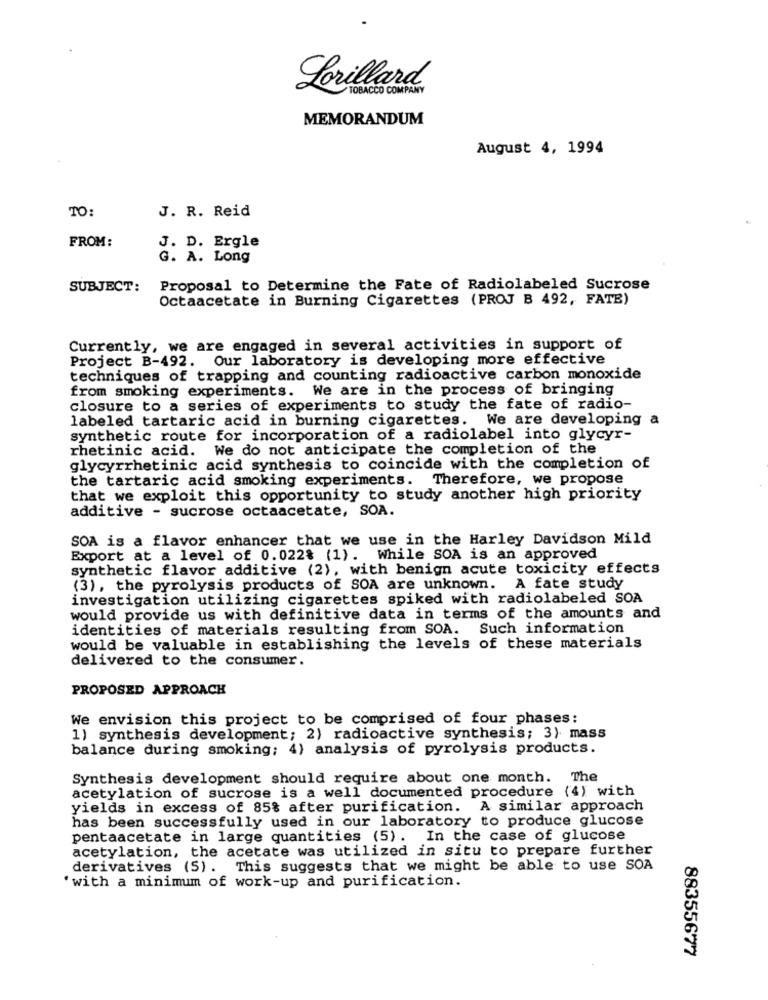
Lorillard
TOBACCO COMPANY
MEMORANDUM
August 4, 1994
TO:
J. R. Reid
FROM:
J. D. Ergle
G. A. Long
SUBJECT:
Proposal to Determine the Fate of Radiolabeled Sucrose
Octaacetate in Burning Cigarettes (PROJ B 492, FATE)
Currently, we are engaged in several activities in support of
Project B-492. Our laboratory is developing more effective
techniques of trapping and counting radioactive carbon monoxide
from smoking experiments. We are in the process of bringing
closure to a series of experiments to study the fate of radio-
labeled tartaric acid in burning cigarettes. We are developing a
synthetic route for incorporation of a radiolabel into glycyr-
rhetinic acid. We do not anticipate the completion of the
glycyrrhetinic acid synthesis to coincide with the completion of
the tartaric acid smoking experiments. Therefore, we propose
that we exploit this opportunity to study another high priority
additive - sucrose octaacetate, SOA.
SOA is a flavor enhancer that we use in the Harley Davidson Mild
Export at a level of 0.022% (1). While SOA is an approved
synthetic flavor additive (2), with benign acute toxicity effects
(3), the pyrolysis products of SOA are unknown. A fate study
investigation utilizing cigarettes spiked with radiolabeled SOA
would provide us with definitive data in terms of the amounts and
identities of materials resulting from SOA. Such information
would be valuable in establishing the levels of these materials
delivered to the consumer.
PROPOSED APPROACH
We envision this project to be comprised of four phases:
1) synthesis development; 2) radioactive synthesis; 3) mass
balance during smoking; 4) analysis of pyrolysis products.
Synthesis development should require about one month. The
acetylation of sucrose is a well documented procedure (4) with
yields in excess of 85% after purification. A similar approach
has been successfully used in our laboratory to produce glucose
pentaacetate in large quantities (5). In the case of glucose
acetylation, the acetate was utilized in situ to prepare further
derivatives (5). This suggests that we might be able to use SOA
' with a minimum of work-up and purification.
88355677